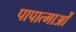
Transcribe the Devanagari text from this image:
पापात्माओं